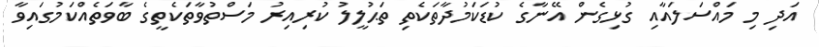
އަދި މި މައްސަލައާއި ގުޅިގެން އޭނާގެ ކުޑަކަމުދާތަކެތި ތަޙުލީލު ކުރިއިރު މަސްތުވާތަކެތީގެ ބާވަތެއްކަމުގައިވާ